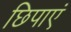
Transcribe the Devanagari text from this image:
छिपाएं